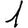
Digit: 1